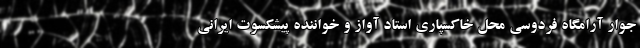
جوار آرامگاه فردوسی محل خاکسپاری استاد آواز و خواننده پیشکسوت ایرانی